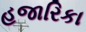
હજારિકા